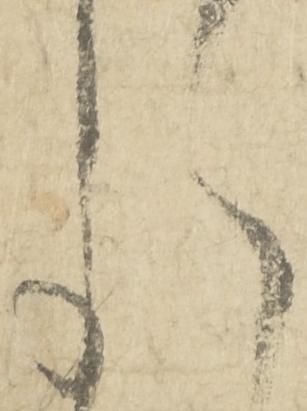
月